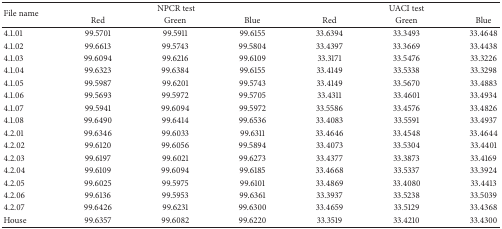
<table><thead><tr><td rowspan="2"><b>File name </b></td><td colspan="3"><b>NPCR test </b></td><td colspan="3"><b>UACI test </b></td></tr><tr><td><b>Red </b></td><td><b>Green </b></td><td><b>Blue </b></td><td><b>Red </b></td><td><b>Green </b></td><td><b>Blue </b></td></tr></thead><tbody><tr><td>4.1.01 </td><td>99.5701 </td><td>99.5911 </td><td>99.6155 </td><td>33.6394 </td><td>33.3493 </td><td>33.4648 </td></tr><tr><td>4.1.02 </td><td>99.6613 </td><td>99.5743 </td><td>99.5804 </td><td>33.4397 </td><td>33.3669 </td><td>33.4438 </td></tr><tr><td>4.1.03 </td><td>99.6094 </td><td>99.6216 </td><td>99.6109 </td><td>33.3171 </td><td>33.5476 </td><td>33.3226 </td></tr><tr><td>4.1.04 </td><td>99.6323 </td><td>99.6384 </td><td>99.6155 </td><td>33.4149 </td><td>33.5338 </td><td>33.3298 </td></tr><tr><td>4.1.05 </td><td>99.5987 </td><td>99.6201 </td><td>99.5743 </td><td>33.4149 </td><td>33.5670 </td><td>33.4883 </td></tr><tr><td>4.1.06 </td><td>99.5693 </td><td>99.5972 </td><td>99.5705 </td><td>33.4311 </td><td>33.4601 </td><td>33.4934 </td></tr><tr><td>4.1.07 </td><td>99.5941 </td><td>99.6094 </td><td>99.5972 </td><td>33.5586 </td><td>33.4576 </td><td>33.4826 </td></tr><tr><td>4.1.08 </td><td>99.6490 </td><td>99.6414 </td><td>99.6536 </td><td>33.4083 </td><td>33.5591 </td><td>33.4937 </td></tr><tr><td>4.2.01 </td><td>99.6346 </td><td>99.6033 </td><td>99.6311 </td><td>33.4646 </td><td>33.4548 </td><td>33.4644 </td></tr><tr><td>4.2.02 </td><td>99.6120 </td><td>99.6056 </td><td>99.5894 </td><td>33.4073 </td><td>33.5304 </td><td>33.4401 </td></tr><tr><td>4.2.03 </td><td>99.6197 </td><td>99.6021 </td><td>99.6273 </td><td>33.4377 </td><td>33.3873 </td><td>33.4169 </td></tr><tr><td>4.2.04 </td><td>99.6109 </td><td>99.6094 </td><td>99.6185 </td><td>33.4668 </td><td>33.5337 </td><td>33.3924 </td></tr><tr><td>4.2.05 </td><td>99.6025 </td><td>99.5975 </td><td>99.6101 </td><td>33.4869 </td><td>33.4080 </td><td>33.4413 </td></tr><tr><td>4.2.06 </td><td>99.6136 </td><td>99.5953 </td><td>99.6361 </td><td>33.3937 </td><td>33.5238 </td><td>33.5039 </td></tr><tr><td>4.2.07 </td><td>99.6426 </td><td>99.6231 </td><td>99.6300 </td><td>33.4659 </td><td>33.5129 </td><td>33.4368 </td></tr><tr><td>House </td><td>99.6357 </td><td>99.6082 </td><td>99.6220 </td><td>33.3519 </td><td>33.4210 </td><td>33.4300 </td></tr></tbody></table>